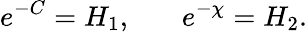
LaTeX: e^{-C}=H_{1},~~~~~~~e^{-\chi}=H_{2}.